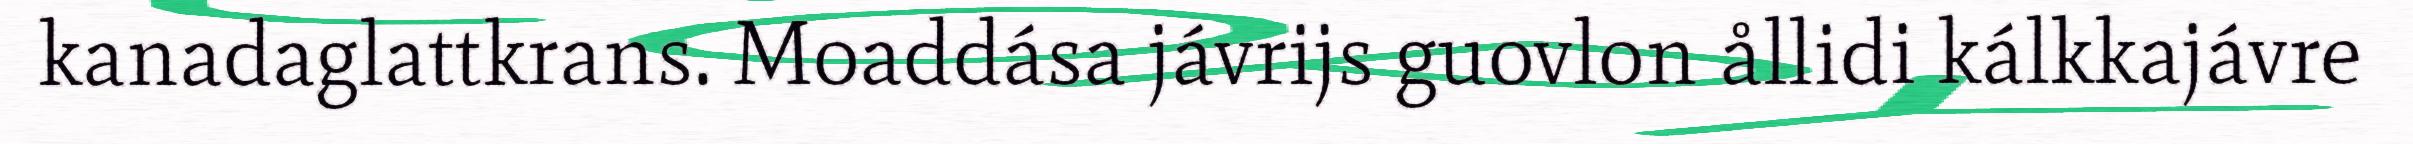
kanadaglattkrans. Moaddása jávrijs guovlon ållidi kálkkajávre